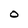
Character: O